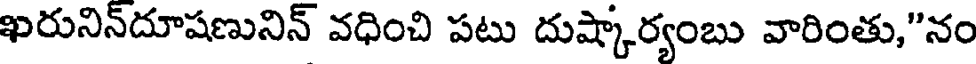
ఖరునిన్దూషణునిన్ వధించి పటు దుష్కార్యంబు వారింతు,"నం